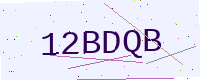
Text: 12BDQB